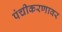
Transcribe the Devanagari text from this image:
पंचीकरणावर